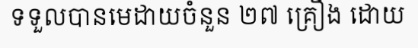
ទទួលបានមេដាយចំនួន ២៧ គ្រឿង ដោយ